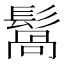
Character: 𩮑